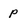
Character: p